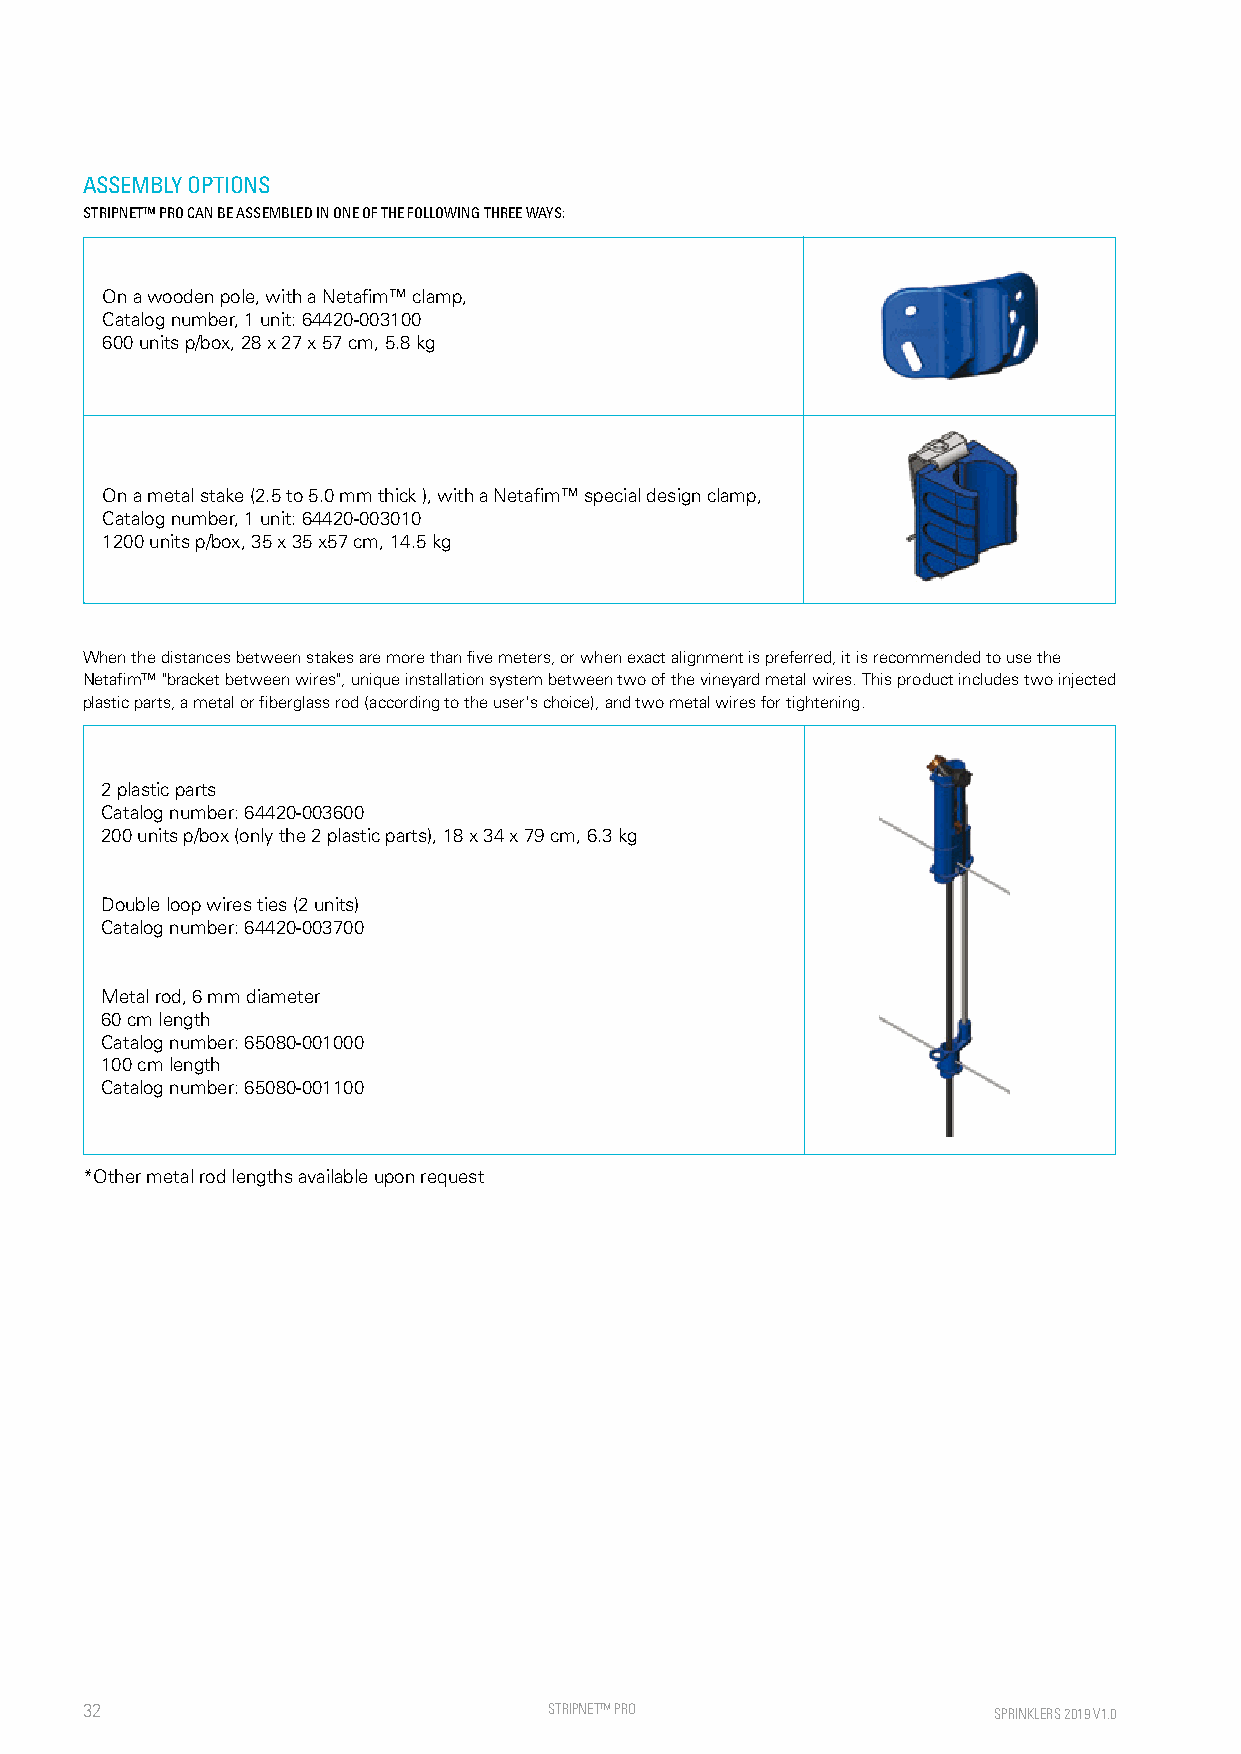
ASSEMBLY OPTIONS
 STRIPNET™ PRO CAN BE ASSEMBLED IN ONE OF THE FOLLOWING THREE WAYS:
 On a wooden pole, with a Netafim™ clamp,
 Catalog number, 1 unit: 64420-003100
 600 units p/box, 28 x 27 x 57 cm, 5.8 kg
 On a metal stake (2.5 to 5.0 mm thick ), with a Netafim™ special design clamp,
 Catalog number, 1 unit: 64420-003010
 1200 units p/box, 35 x 35 x57 cm, 14.5 kg
 When the distances between stakes are more than five meters, or when exact alignment is preferred, it is recommended to use the
 Netafim™ "bracket between wires", unique installation system between two of the vineyard metal wires. This product includes two injected
 plastic parts, a metal or fiberglass rod (according to the user's choice), and two metal wires for tightening.
 2 plastic parts
 Catalog number: 64420-003600
 200 units p/box (only the 2 plastic parts), 18 x 34 x 79 cm, 6.3 kg
 Double loop wires ties (2 units)
 Catalog number: 64420-003700
 Metal rod, 6 mm diameter
 60 cm length
 Catalog number: 65080-001000
 100 cm length
 Catalog number: 65080-001100
 *Other metal rod lengths available upon request
 32                             STRIPNE T™ PRO                SPRINKLERS 2019 V1.0